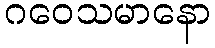
ဂဝေသမာနော